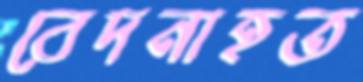
বেদনাহত